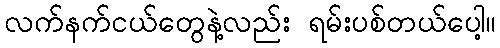
လက်နက်ငယ်တွေနဲ့လည်း ရမ်းပစ်တယ်ပေါ့။